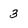
Character: 3